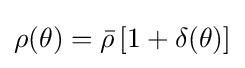
\rho (\theta )={\bar {\rho }}\left[1+\delta (\theta )\right]